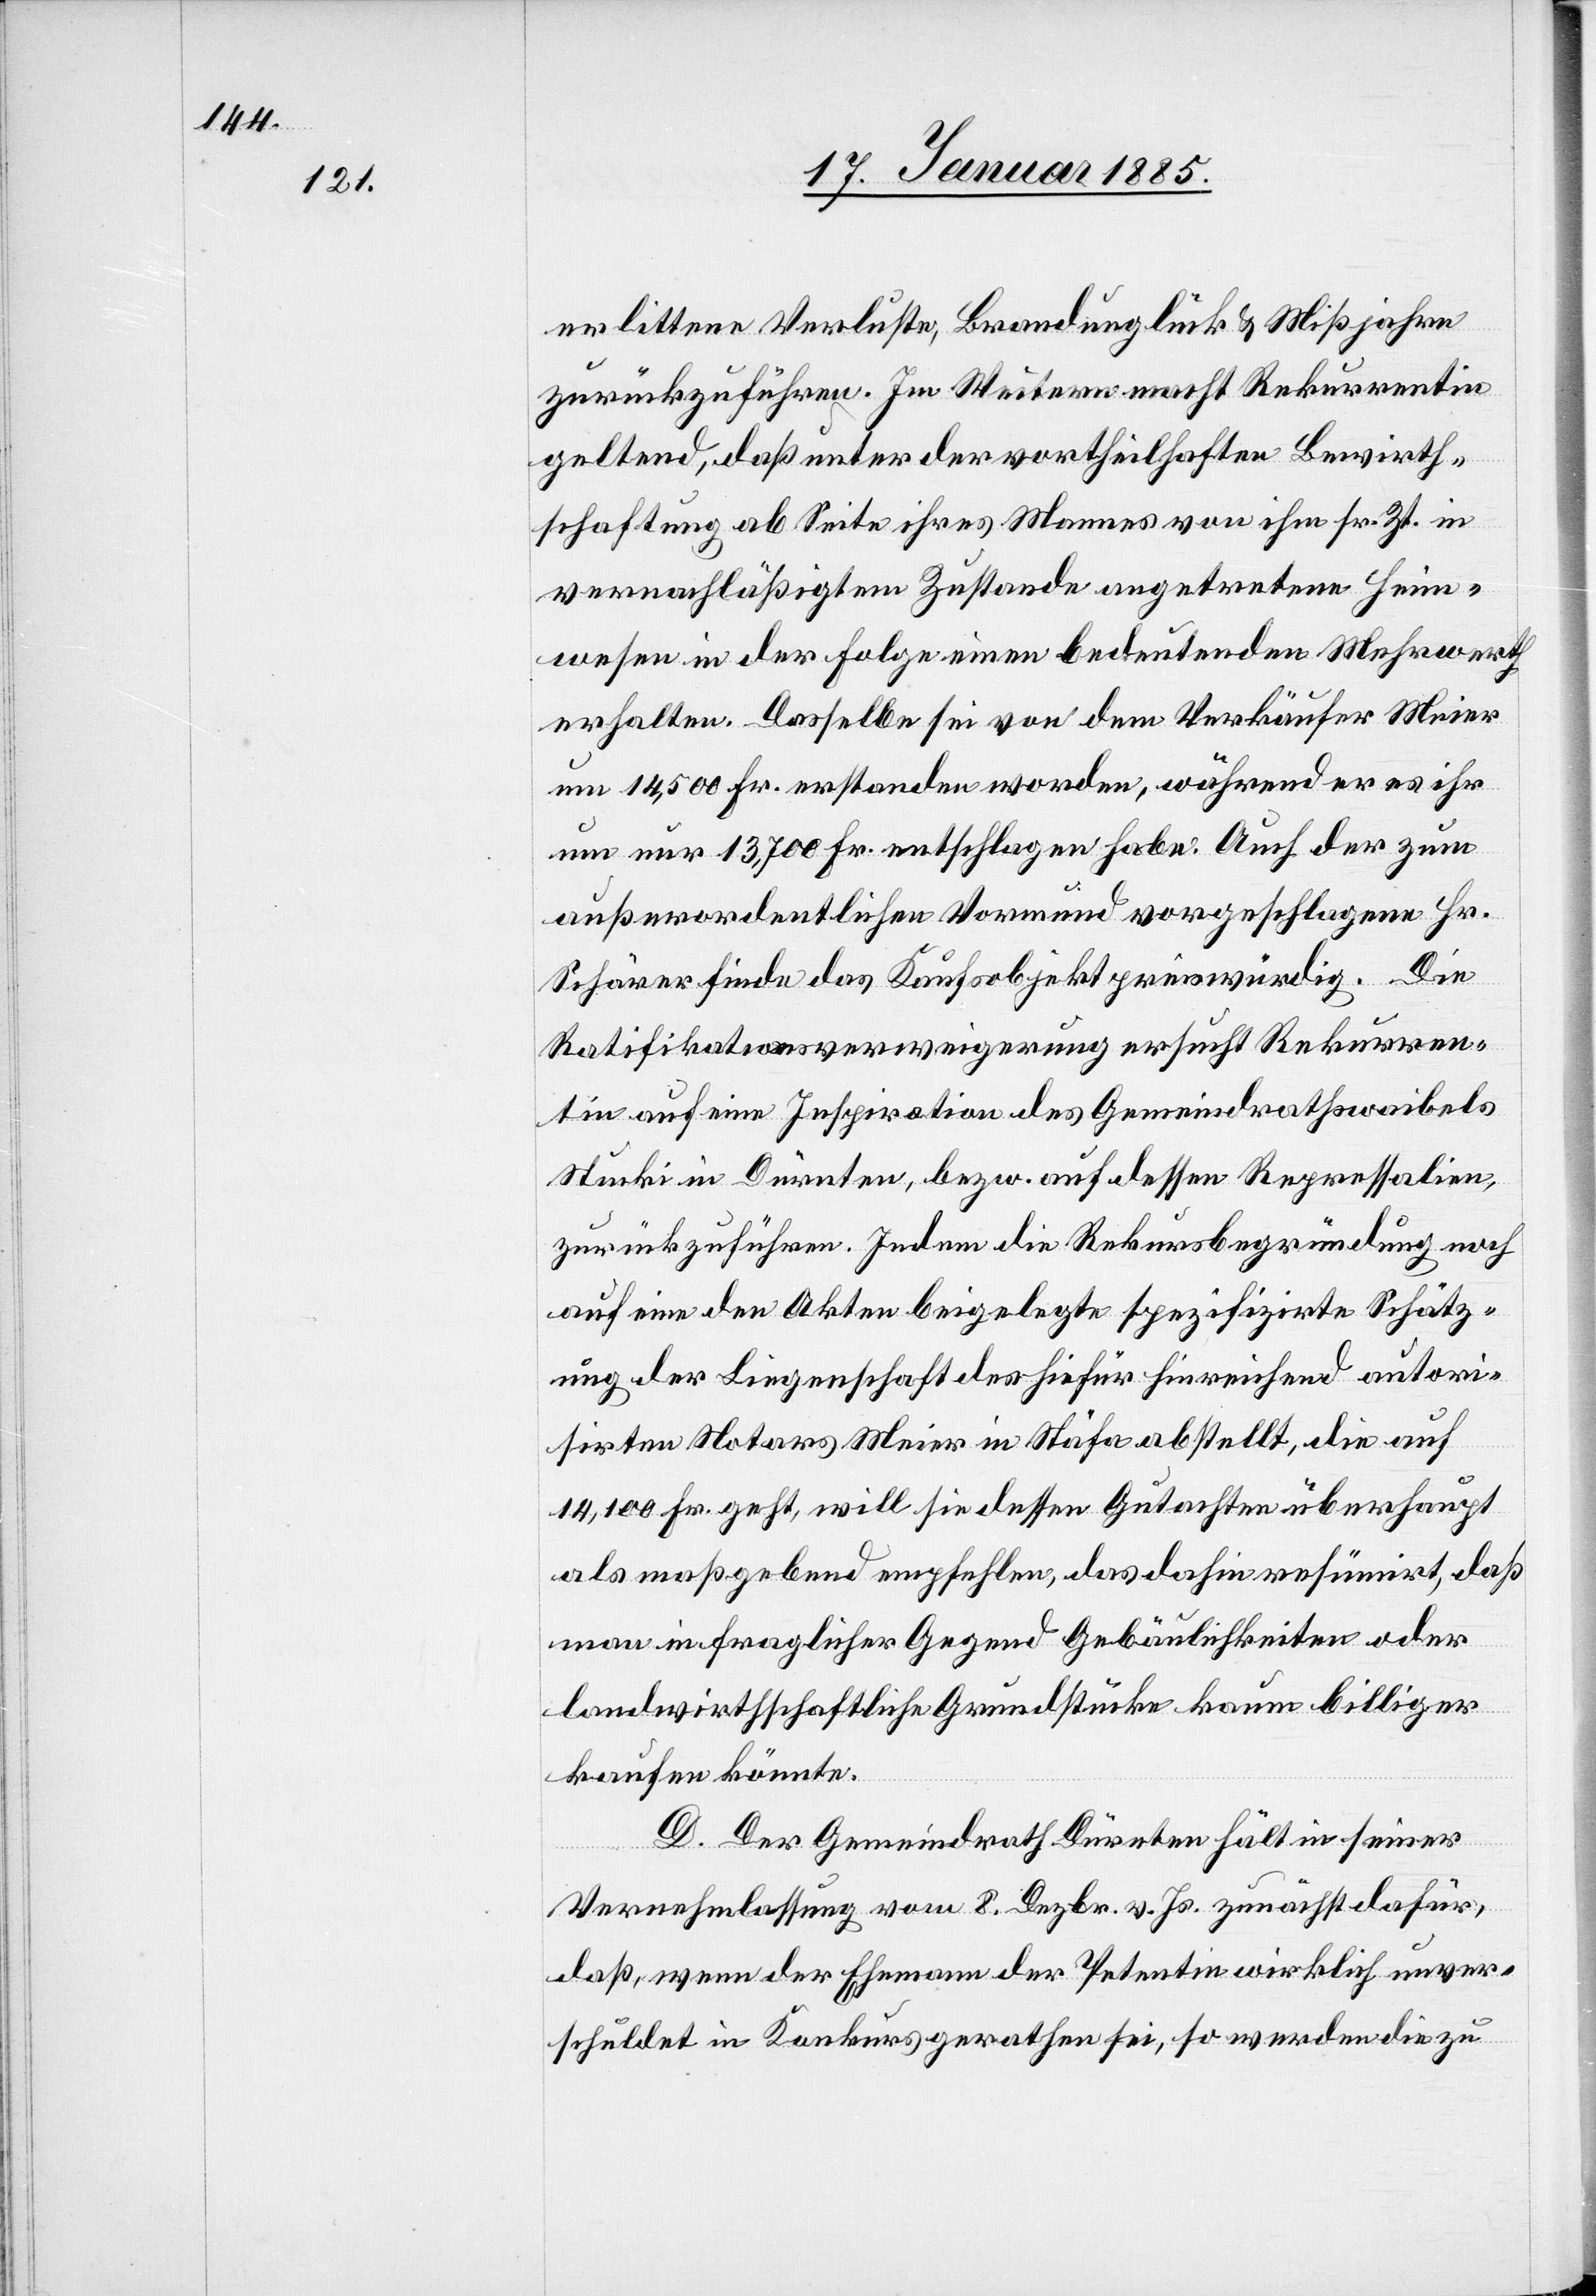
erlittene Verluste, Brandunglück & Mißjahre
zurückzuführen. Im Weitern macht Rekurrentin
geltend, daß unter der vortheilhaften Bewirth¬
schaftung ab Seite ihres Mannes von ihm sr. Zt. in
vernachläßigtem Zustande angetretene Heim¬
wesen in der Folge einen bedeutenden Mehrwerth
erhalten. Dasselbe sei von dem Verkäufer Meier
um 14,500 Fr. erstanden worden, während er es ihr
um nur 13,700 Fr. entschlagen habe. Auch der zum
außerordentlichen Vormund vorgeschlagene Hr.
Schärer finde das Kaufsobjekt preiswürdig. Die
Ratifikationsverweigerung ersucht Rekurren¬
tin auf eine Inspektion des Gemeindrathswaibels
Stucki in Dürnten, bezw. auf dessen Repressalien,
zurückzuführen. Indem die Rekursbegründung noch
auf eine den Akten beigelegte spezifizirte Schätz¬
ung der Liegenschaft des hiefür hinreichend autori¬
sirten Notars Meier in Stäfa abstellt, die auf
14,100 Fr. geht, will sie dessen Gutachten überhaupt
als maßgebend empfehlen, das dahin resümirt, daß
man in fraglicher Gegend Gebäulichkeiten oder
landwirthschaftliche Grundstücke kaum billiger
kaufen könnte.
D. Der Gemeindrath Dürnten hält in seiner
Vernehmlassung vom 8. Dezbr. v. Js. zunächst dafür,
daß wenn der Ehemann der Petentin wirklich unver¬
schuldet in Konkurs gerathen sei, so werden die zu